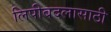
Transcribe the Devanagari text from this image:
लिपीबदलासाठी